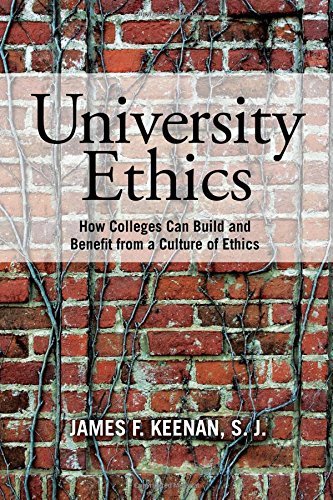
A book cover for University Ethics: How Colleges Can Build and Benefit from a Culture of Ethics; James F. Keenan  SJ; Education & Teaching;